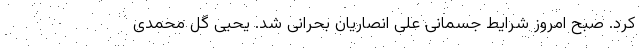
کرد. صبح امروز شرایط جسمانی علی انصاریان بحرانی شد. یحیی گل محمدی